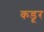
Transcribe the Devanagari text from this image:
कडूर